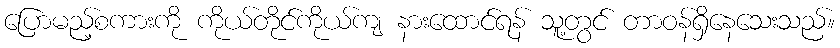
ပြောမည့်စကားကို ကိုယ်တိုင်ကိုယ်ကျ နားထောင်ရန် သူ့တွင် တာဝန်ရှိနေသေးသည်။